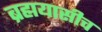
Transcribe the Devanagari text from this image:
ब्रह्मयासीच